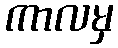
ကာလမှ